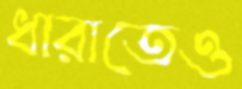
ধারাতেও